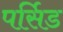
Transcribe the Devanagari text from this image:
पर्सिड